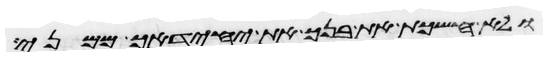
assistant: ולא חשכת את בנך את יחידך ממני